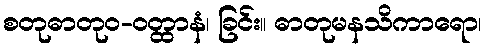
စတုဓာတုဝ-ဝတ္ထာနံ၊ ခြင်း။ ဓာတုမနသိကာရော၊